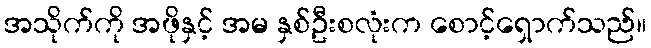
အသိုက်ကို အဖိုနှင့် အမ နှစ်ဦးစလုံးက စောင့်ရှောက်သည်။